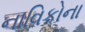
નાવિકોના